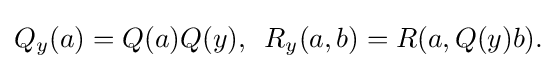
\displaystyle {Q_{y}(a)=Q(a)Q(y),\,\,\,R_{y}(a,b)=R(a,Q(y)b).}